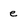
Character: e